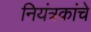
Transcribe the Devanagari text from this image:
नियंत्रकांचे